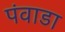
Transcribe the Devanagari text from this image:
पंवाडा